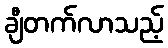
ချီတက်လာသည့်